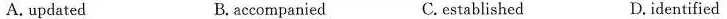
A. updated B.accompanied C. established D.identified